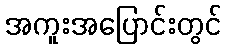
အကူးအပြောင်းတွင်